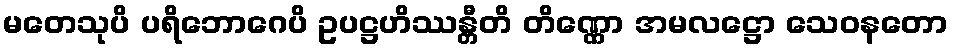
မတေသုပိ ပရိဘောဂေပိ ဥပဋ္ဌဟိဿန္တီတိ တိဏ္ဏော အမလဋ္ဌော သေဝနတော